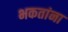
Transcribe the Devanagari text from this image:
भकतांना